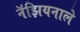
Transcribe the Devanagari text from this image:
नॅझियनाले